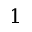
1